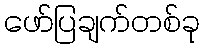
ဖော်ပြချက်တစ်ခု